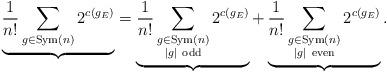
LaTeX: \begin{align*}\underbrace{\frac{1}{n!} \sum_{g \in \mathrm{Sym}(n)} 2^{c(g_E)}}_{}=\underbrace{\frac{1}{n!} \sum_{\substack{g \in \mathrm{Sym}(n)\\ |g|\ \mathrm{odd}}} 2^{c(g_E)}}_{}+\underbrace{\frac{1}{n!} \sum_{\substack{g \in \mathrm{Sym}(n)\\ |g|\ \mathrm{even}}} 2^{c(g_E)}}_{}.\end{align*}